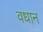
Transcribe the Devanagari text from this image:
वधान